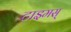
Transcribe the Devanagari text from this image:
टाइमस्